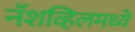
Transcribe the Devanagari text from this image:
नॅशव्हिलमध्ये